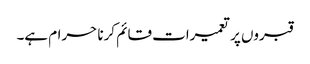
قبروں پر تعمیرات قائم کرنا حرام ہے۔